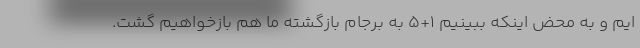
ایم و به محض اینکه ببینیم ۱+۵ به برجام بازگشته ما هم بازخواهیم گشت.